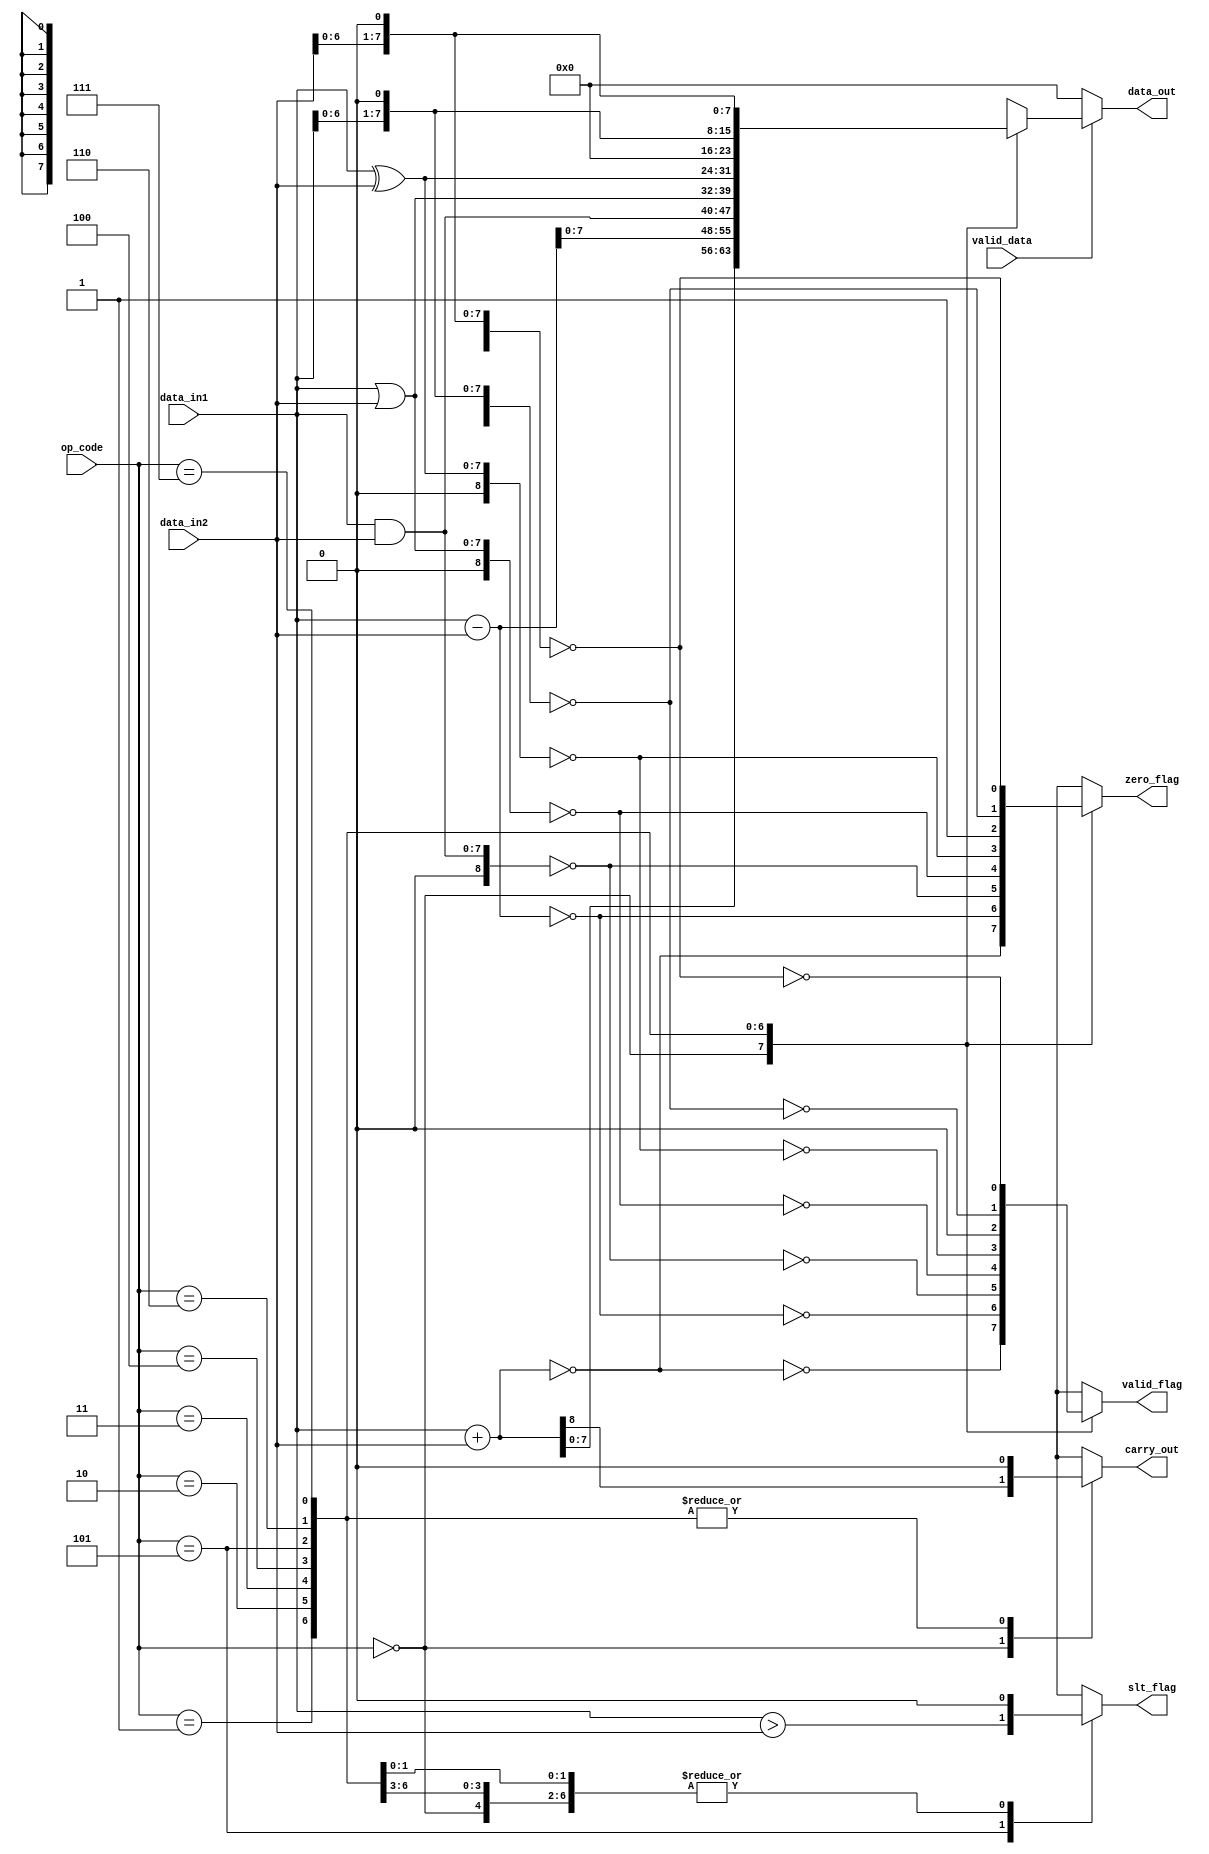
module ALU_Golden
#(parameter WIDTH = 8, OPCODE = 3)
(
    input  wire [WIDTH-1:0]  data_in1,
    input  wire [WIDTH-1:0]  data_in2,
    input  wire [OPCODE-1:0] op_code,
    input  wire              valid_data,
    output wire [WIDTH-1:0]  data_out,
    output reg               carry_out,
    output reg               zero_flag,
    output reg               valid_flag,
    output reg               slt_flag
);
reg [WIDTH:0] data;
assign data_out = (valid_data)? data[WIDTH-1:0] : 0;
// Perform the same operations as the ALU module based on the provided inputs
always @* begin
    data = {WIDTH{1'b0}};
    carry_out  = 1'b0;
    zero_flag  = 1'b1;
    valid_flag = 1'b0;
    slt_flag   = 1'b0;
    case(op_code)
        // Addition operations
        3'b000 : begin
            data = data_in1 + data_in2;
            carry_out = (data[WIDTH]);
            zero_flag = (data == 0);
            valid_flag = ~zero_flag;
        end      
        3'b001 : begin
            data = data_in1 - data_in2;
            zero_flag = (data == 0);
            valid_flag = ~zero_flag;
        end
        // Bitwise AND operation
        3'b010 : begin
            data = data_in1 & data_in2;
            zero_flag = (data == 0);
            valid_flag = ~zero_flag;
        end
        // Bitwise OR operation
        3'b011 : begin
            data = data_in1 | data_in2;
            zero_flag = (data == 0);
            valid_flag = ~zero_flag;
        end
        // Bitwise XOR operation
        3'b100 : begin
            data = data_in1 ^ data_in2;
            zero_flag = (data == 0);
            valid_flag = ~zero_flag;
        end
        // SLT operation
        3'b101 : begin
            slt_flag   = data_in1 > data_in2;
        end
        // First Input Left shift operation
        3'b110 : begin
            data = data_in1 << 1'b1;
            zero_flag = (data == 0);
            valid_flag = ~zero_flag;
        end
        //  Second Input Left shift operation
        3'b111 : begin
            data = data_in2 << 1;
            zero_flag = (data == 0);
            valid_flag = ~zero_flag;
        end
    endcase
end

endmodule